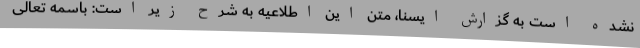
نشده است به گزارش ایسنا، متن این اطلاعیه به شرح‌ زیر است: باسمه تعالی